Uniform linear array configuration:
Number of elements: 12
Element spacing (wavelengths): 0.5
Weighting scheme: kaiser
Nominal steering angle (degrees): -15
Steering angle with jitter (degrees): -13.472
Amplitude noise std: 0.05
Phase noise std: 0.05

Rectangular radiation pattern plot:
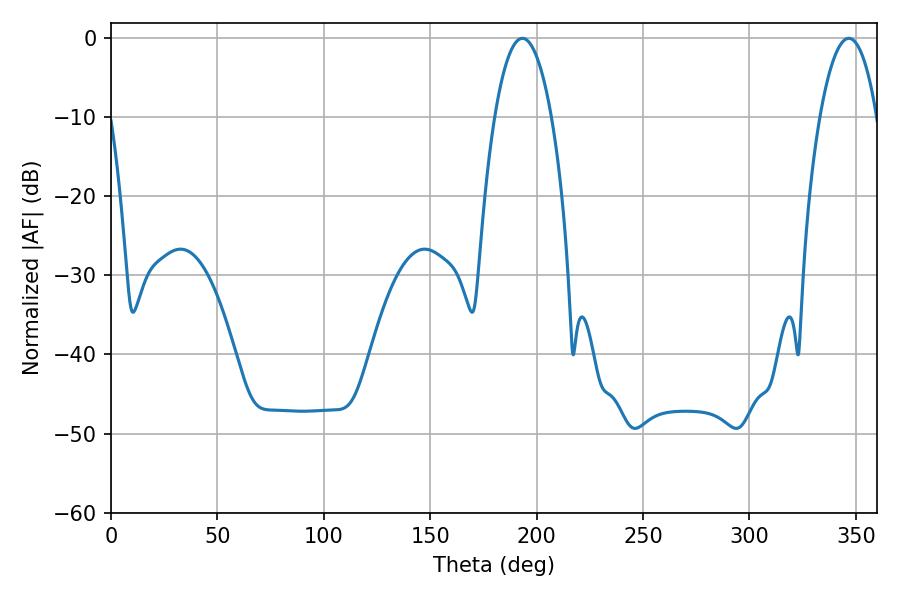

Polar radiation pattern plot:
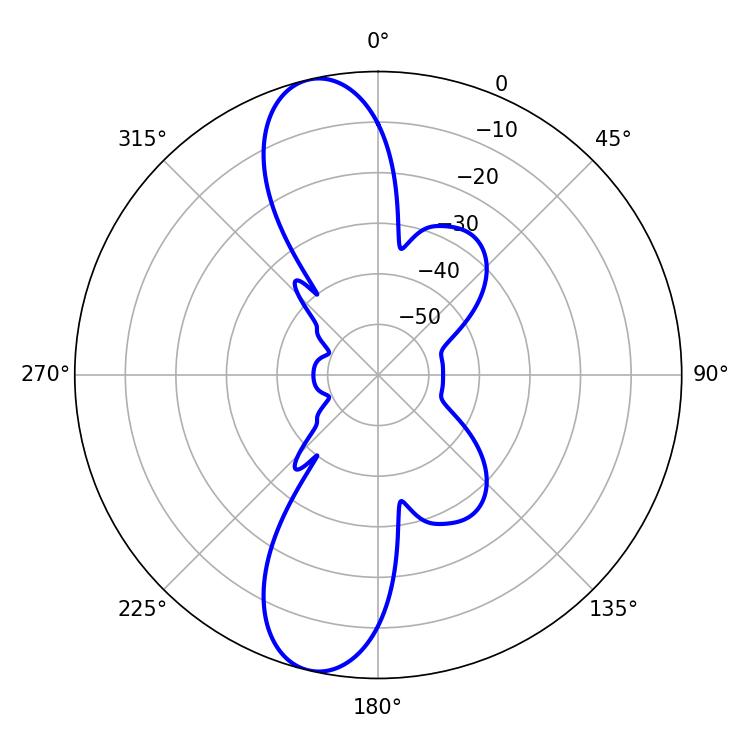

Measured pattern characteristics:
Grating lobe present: FALSE
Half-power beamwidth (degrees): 14.94
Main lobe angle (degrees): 193.32